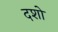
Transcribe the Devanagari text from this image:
दशो